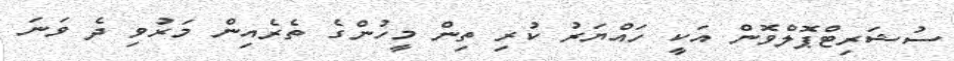
ސުޝަރިޓްޕޮލްވޮން އަކީ ހައްޔަރު ކުރި ތިން މީހުންގެ ތެރެއިން މަރުވި ދެ ވަނަ